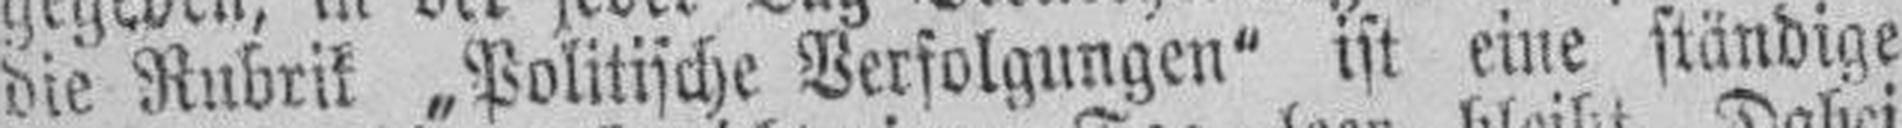
die Rubrik „Politische Verfolgungen“ ist eine ständige